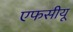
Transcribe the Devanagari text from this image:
एफसीयू